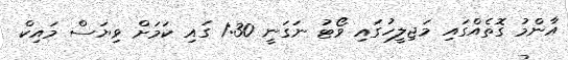
އާންމު ގޮތެއްގައި މަޖިލީހުގައި ވޯޓު ނަގަނީ 1:30 ގައި ކަމަށް ވިޔަސް މައިކް